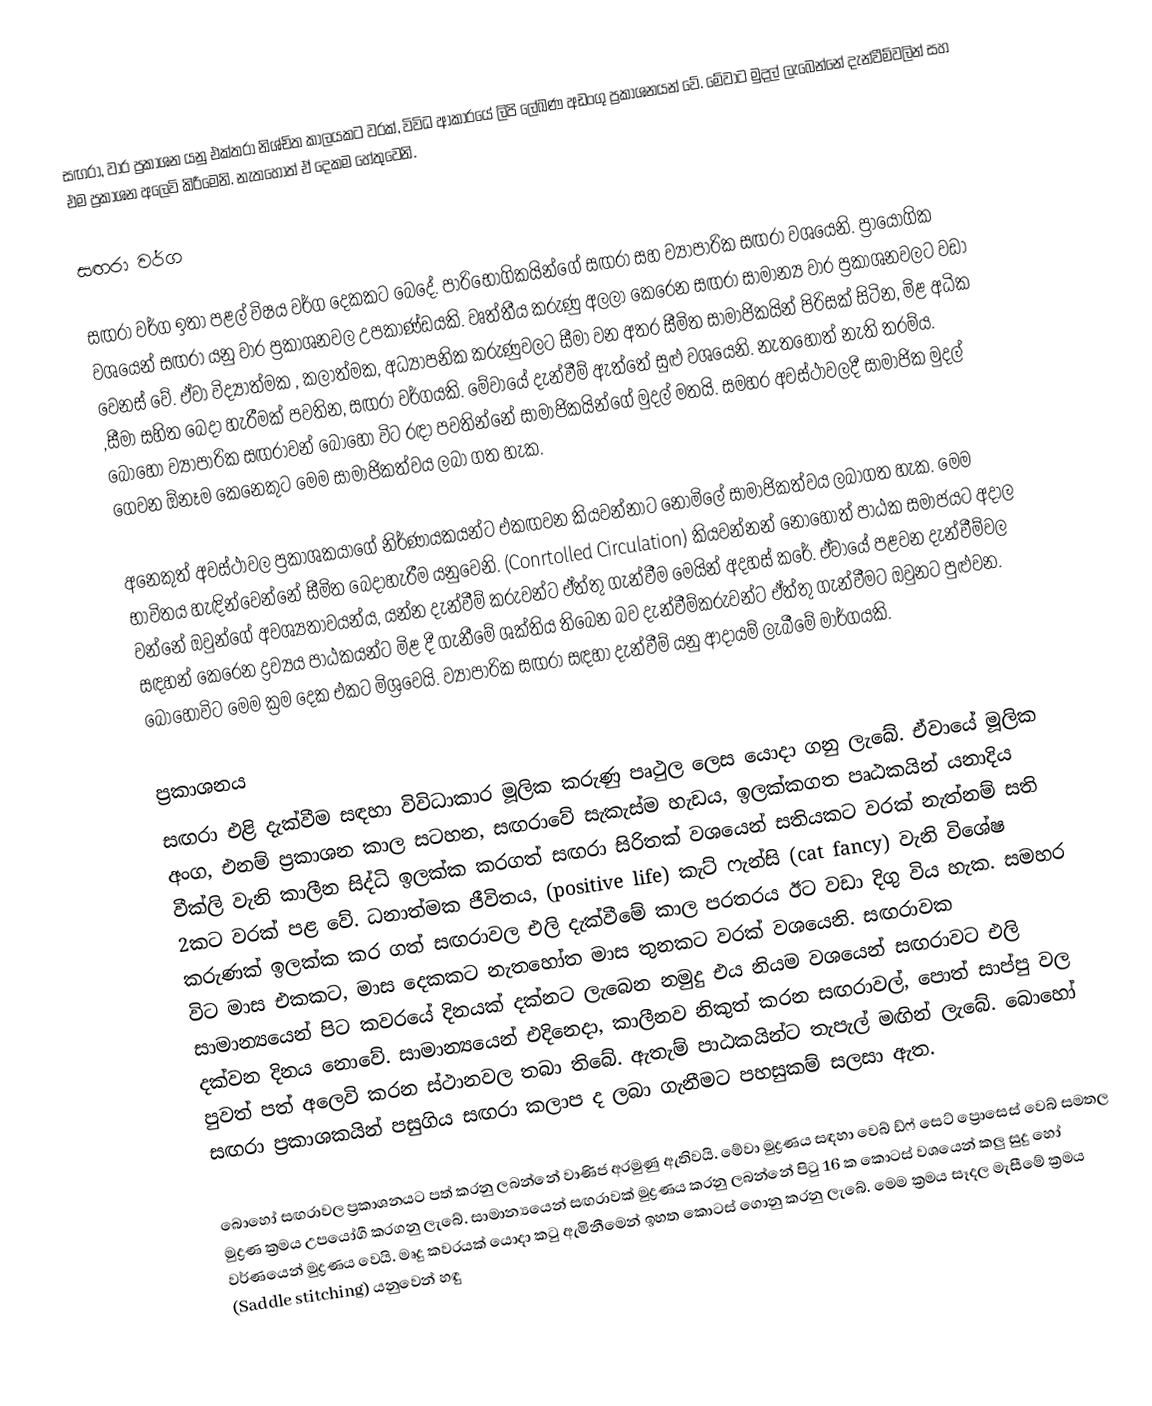
සඟරා, වාර ප්‍රකාශන යනු එක්තරා නිශ්චිත කාලයකට වරක්, විවිධ ආකාරයේ ලිපි ලේඛණ අඩංගු ප්‍රකාශනයන් වේ. මේවාට මුදල් ලැබෙන්නේ දැන්වීම්වලින් සහ එම ප්‍රකාශන අලෙවි කිරීමෙනි. නැතහොත් ඒ දෙකම හේතුවෙනි.

සඟරා වර්ග

සඟරා වර්ග ඉතා පළල් විෂය වර්ග දෙකකට බෙදේ. පාරිභෝගිකයින්ගේ සඟරා සහ ව්‍යාපාරික සඟරා වශයෙනි. ප්‍රායෝගික වශයෙන් සඟරා යනු වාර ප්‍රකාශනවල උපකාණ්ඩයකි. වෘත්තීය කරුණු අලලා කෙරෙන සඟරා සාමාන්‍ය වාර ප්‍රකාශනවලට වඩා වෙනස් වේ. ඒවා විද්‍යාත්මක , කලාත්මක, අධ්‍යාපනික කරුණුවලට සීමා වන අතර සීමිත සාමාජිකයින් පිරිසක් සිටින, මිළ අධික ,සීමා සහිත බෙදා හැරීමක් පවතින, සඟරා වර්ගයකි. මේවායේ දැන්වීම් ඇත්තේ සුළු වශයෙනි. නැතහොත් නැති තරම්ය. බොහෝ ව්‍යාපාරික සඟරාවන් බොහෝ විට රඳා පවතින්නේ සාමාජිකයින්ගේ මුදල් මතයි. සමහර අවස්ථාවලදී සාමාජික මුදල් ගෙවන ඕනෑම කෙනෙකුට මෙම සාමාජිකත්වය ලබා ගත හැක.

අනෙකුත් අවස්ථාවල ප්‍රකාශකයාගේ නිර්ණායකයන්ට එකඟවන කියවන්නාට නොමිලේ සාමාජිකත්වය ලබාගත හැක. මෙම භාවිතය හැඳින්වෙන්නේ සීමිත බෙදාහැරීම යනුවෙනි. (Conrtolled Circulation) කියවන්නන් නොහොත් පාඨක සමාජයට අදාල වන්නේ ඔවුන්ගේ අවශ්‍යතාවයන්ය, යන්න දැන්වීම් කරුවන්ට ඒත්තු ගැන්වීම මෙයින් අදහස් කරේ. ඒවායේ පළවන දැන්වීම්වල සඳහන් කෙරෙන ද්‍රව්‍යය පාඨකයන්ට මිළ දී ගැනීමේ ශක්තිය තිබෙන බව දැන්වීම්කරුවන්ට ඒත්තු ගැන්වීමට ඔවුනට පුළුවන. බොහෝවිට මෙම ක්‍රම දෙක එකට මිශ්‍රවෙයි. ව්‍යාපාරික සඟරා සඳහා දැන්වීම් යනු ආදායම් ලැබීමේ මාර්ගයකි.

ප්‍රකාශනය
සඟරා එළි දැක්වීම සඳහා විවිධාකාර මූලික කරුණු පෘථුල ලෙස යොදා ගනු ලැබේ. ඒවායේ මූලික අංග, එනම් ප්‍රකාශන කාල සටහන, සඟරාවේ සැකැස්ම හැඩය, ඉලක්කගත පෘඨකයින් යනාදිය වීක්ලි වැනි කාලීන සිද්ධි ඉලක්ක කරගත් සඟරා සිරිතක් වශයෙන් සතියකට වරක් නැත්නම් සති 2කට වරක් පළ වේ. ධනාත්මක ජීවිතය, (positive life) කැට් ෆැන්සි (cat fancy) වැනි විශේෂ කරුණක් ඉලක්ක කර ගත් සඟරාවල එලි දැක්වීමේ කාල පරතරය ඊට වඩා දිගු විය හැක. සමහර විට මාස එකකට, මාස දෙකකට නැතහෝත මාස තුනකට වරක් වශයෙනි. සඟරාවක සාමාන්‍යයෙන් පිට කවරයේ දිනයක් දක්නට ලැබෙන නමුදු එය නියම වශයෙන් සඟරාවට එලි දක්වන දිනය නොවේ. සාමාන්‍යයෙන් එදිනෙදා, කාලීනව නිකුත් කරන සඟරාවල්, පොත් සාප්පු වල පුවත් පත් අලෙවි කරන ස්ථානවල තබා තිබේ. ඇතැම් පාඨකයින්ට තැපැල් මඟින් ලැබේ. බොහෝ සඟරා ප්‍රකාශකයින් පසුගිය සඟරා කලාප ද ලබා ගැනීමට පහසුකම් සලසා ඇත.

බොහෝ සඟරාවල ප්‍රකාශනයට පත් කරනු ලබන්නේ වාණිජ අරමුණු ඇතිවයි. මේවා මුද්‍රණය සඳහා වෙබ් ඩ්ෆ් සෙට් ප්‍රොසෙස් වෙබ් සමතල මුද්‍රණ ක්‍රමය උපයෝගී කරගනු ලැබේ. සාමාන්‍යයෙන් සඟරාවක් මුද්‍රණය කරනු ලබන්නේ පිටු 16 ක කොටස් වශයෙන් කලු සුදු හෝ වර්ණයෙන් මුද්‍රණය වෙයි. මෘදු කවරයක් යොදා කටු ඇමිනීමෙන් ඉහත කොටස් ගොනු කරනු ලැබේ. මෙම ක්‍රමය සෑදල මැසීමේ ක්‍රමය (Saddle stitching) යනුවෙන් හඳු